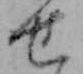
せ